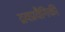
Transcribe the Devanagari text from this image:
द्रवप्रवैगिकी